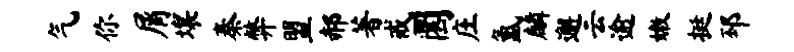
气你屑壤秦弊盟郝著戒圜庄氲麟邂云逾嫩挺邳